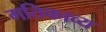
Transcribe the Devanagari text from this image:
गतिकाव्य